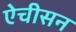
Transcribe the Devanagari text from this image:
ऐचीसन